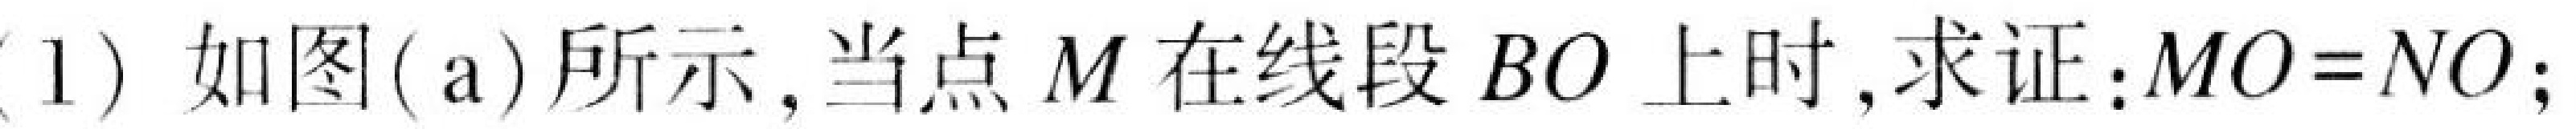
(1) 如图(a)所示，当点\(M\)在线段\(BO\)上时，求证：\(MO = NO\)；